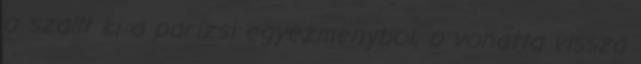
o szallt ki a parizsi egyezmenybol, o vonatta vissza